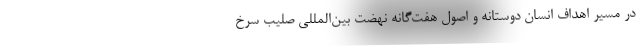
در مسیر اهداف انسان دوستانه و اصول هفت‌گانه نهضت بین‌المللی صلیب سرخ